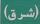
(شرق)